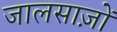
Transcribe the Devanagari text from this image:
जालसाज़ों